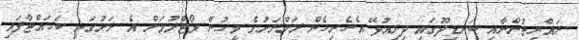
ރައްޔިތުންނާއި ބަނޑިދޫގައި ދިރިއުޅޭ އެހެނިހެން ރަށްރަށުގެ މީހުން ވޯޓްލުމަށް އެ ރަށުގައި ބަހައްޓާފައި